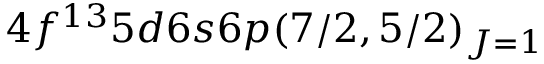
4 f ^ { 1 3 } 5 d 6 s 6 p ( 7 / 2 , 5 / 2 ) _ { J = 1 }